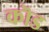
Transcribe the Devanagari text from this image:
कॊड